Scottish Leaving Certificate Examination, 1959
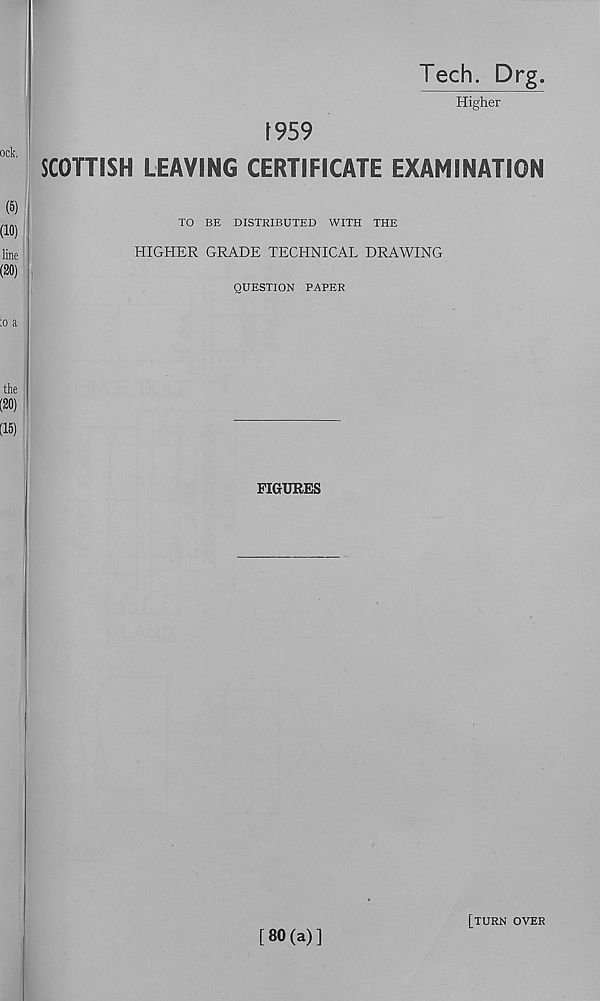
Tech. Drg.
Higher
1959
SCOTTISH LEAVING CERTIFICATE EXAMINATION
TO BE DISTRIBUTED WITH THE
HIGHER GRADE TECHNICAL DRAWING
QUESTION PAPER
FIGURES
[ 80 (a) ]
[turn over